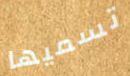
تسميها